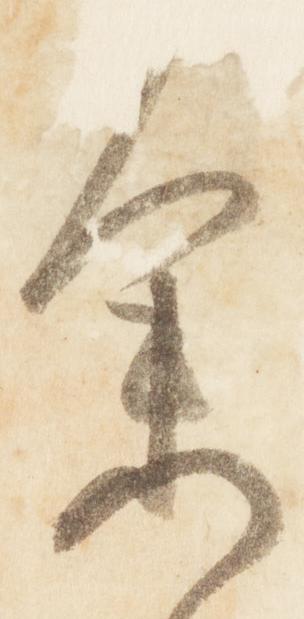
参